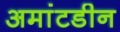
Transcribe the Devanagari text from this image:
अमांटडीन